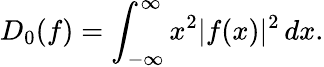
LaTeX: D_{0}(f)=\int_{-\infty}^{\infty}x^{2}|f(x)|^{2}\, dx.